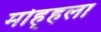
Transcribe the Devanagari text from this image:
मोह्हला